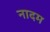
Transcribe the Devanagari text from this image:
नादम